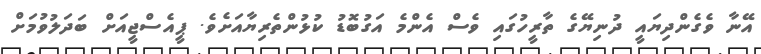
އޭނާ ވެގެންދިޔައީ ދުނިޔޭގެ ތާރީހުގައި ވެސް އެންމެ އަގުބޮޑު ކުޅުންތެރިޔާއަށެވެ. ޕީއެސްޖީއަށް ބަދަލުވުމަށް